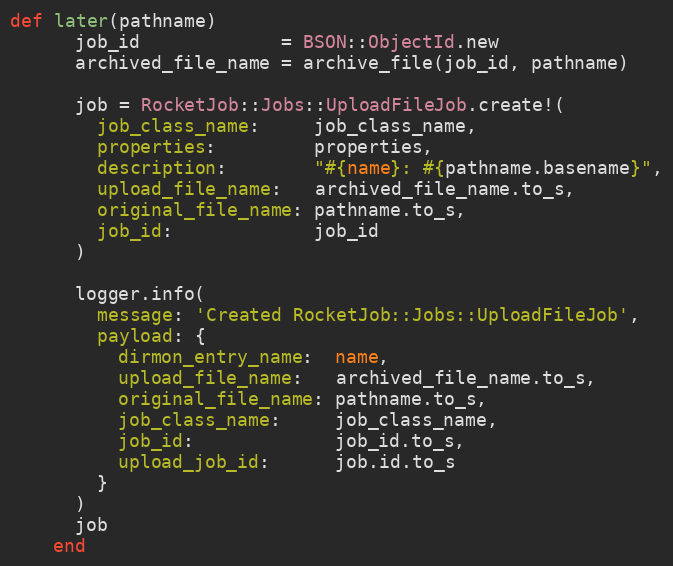
Language: Ruby
def later(pathname)
      job_id             = BSON::ObjectId.new
      archived_file_name = archive_file(job_id, pathname)

      job = RocketJob::Jobs::UploadFileJob.create!(
        job_class_name:     job_class_name,
        properties:         properties,
        description:        "#{name}: #{pathname.basename}",
        upload_file_name:   archived_file_name.to_s,
        original_file_name: pathname.to_s,
        job_id:             job_id
      )

      logger.info(
        message: 'Created RocketJob::Jobs::UploadFileJob',
        payload: {
          dirmon_entry_name:  name,
          upload_file_name:   archived_file_name.to_s,
          original_file_name: pathname.to_s,
          job_class_name:     job_class_name,
          job_id:             job_id.to_s,
          upload_job_id:      job.id.to_s
        }
      )
      job
    end